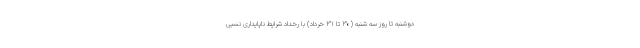
دوشنبه تا روز سه شنبه (۳۰ تا ۳۱ خرداد) با رخداد شرایط ناپایداری نسبی